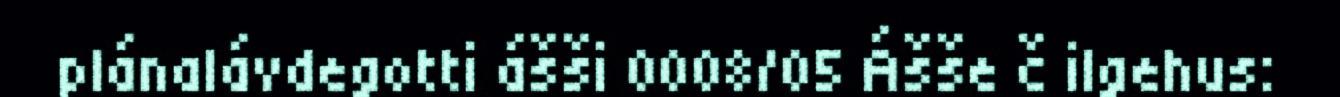
plánalávdegotti ášši 0008/05 Ášše č ilgehus: